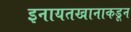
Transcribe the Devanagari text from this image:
इनायतखानाकडून